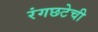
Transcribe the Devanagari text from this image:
रंगछटेची